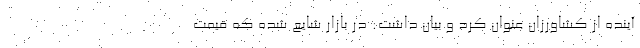
آینده از کشاورزان عنوان کرد و بیان داشت: در بازار شایع شده که قیمت